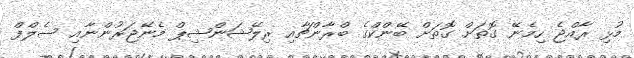
މުޅި ރާއްޖެ ހިމެނޭ ގޮތަށް ގޮތަށް ބޭންކްގެ ބްރާންޗާއި ރިލޭޝަންޝިޕް މެނޭޖަރުންނާއި ސެލްފް